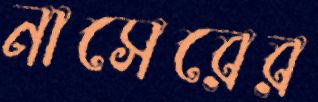
নাসেরের